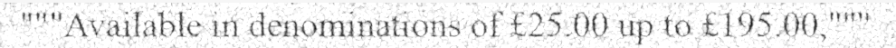
"""Available in denominations of £25.00 up to £195.00,"""